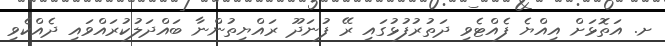
ށ. އަތޮޅަށް އިއްޔެ ފެއްޓެވި ދަތުރުފުޅުގައި ރޭ ފުނަދޫ ރައްޔިތުންނާ ބައްދަލުކުރައްވައި ދެއްކެވި